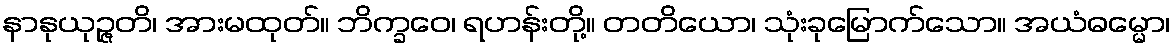
နာနုယုဉ္ဇတိ၊ အားမထုတ်။ ဘိက္ခဝေ၊ ရဟန်းတို့။ တတိယော၊ သုံးခုမြောက်သော။ အယံဓမ္မော၊